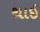
થાઇ